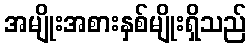
အမျိုးအစားနှစ်မျိုးရှိသည်